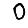
Digit: 0